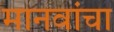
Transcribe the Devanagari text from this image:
मानवांचा